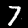
Label: 7